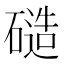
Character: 𬒝